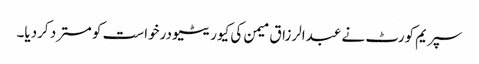
سپریم کورٹ نے عبدالرزاق میمن کی کیوریٹیو درخواست کو مسترد کردیا۔